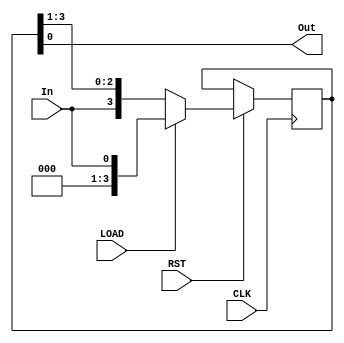
`timescale 1ns / 1ps

// Shift-Right Register

module Multiplier (input CLK, RST, LOAD,
                   input In,
                   output Out);
 
reg [3:0] Shift;
                    
    always @ (posedge CLK) begin
        if (RST) begin // Active-high signal
            if (LOAD)
                Shift <= In;
            else 
                Shift <= {In, Shift[3:1]};
        end
    end    
    
    assign Out = Shift[0];                       
                    
endmodule